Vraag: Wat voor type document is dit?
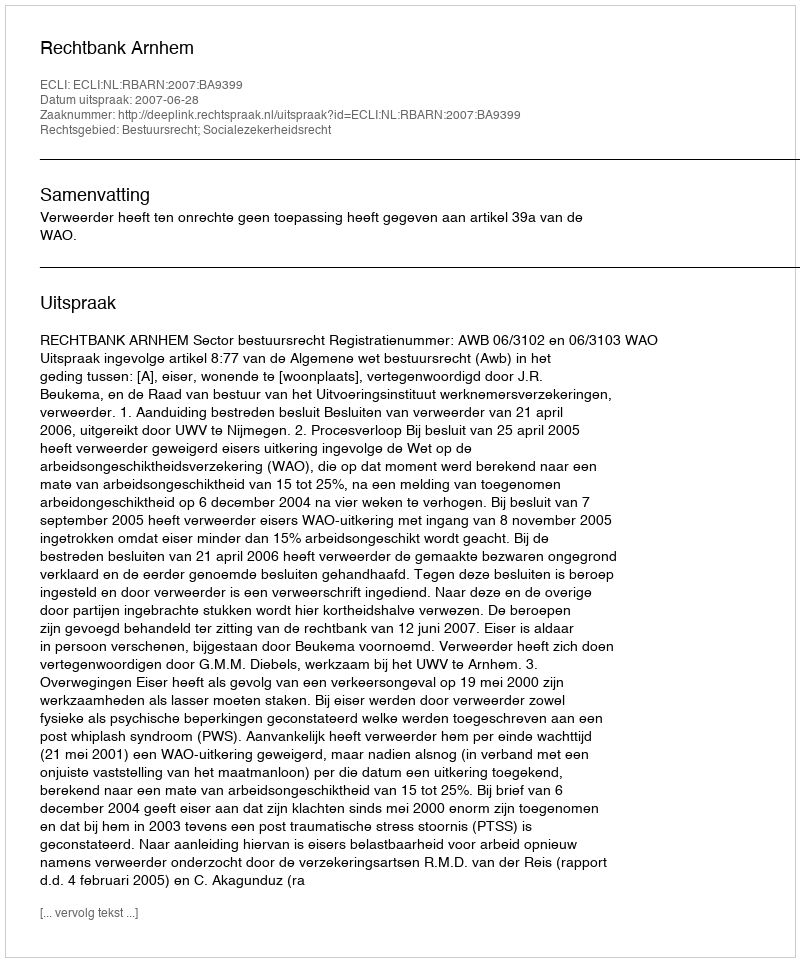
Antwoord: Uitspraak